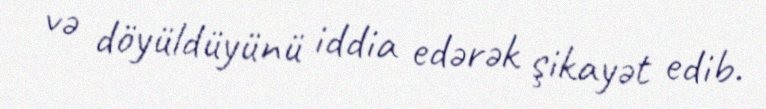
və döyüldüyünü iddia edərək şikayət edib.